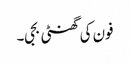
فون کی گھنٹی بجی۔